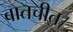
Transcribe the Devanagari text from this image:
बातचीत।